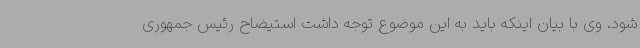
شود. وی با بیان اینکه باید به این موضوع توجه داشت استیضاح رئیس جمهوری